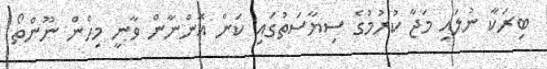
ބިރަކާ ނުލައި މަޖާ ކުރުމުގެ ސިޔާސަތުގައި ކަން އޮންނާން ވާނީ މިހެން ނޫންތޯ